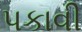
પકાવી